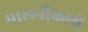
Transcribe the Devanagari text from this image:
पालनौकायें